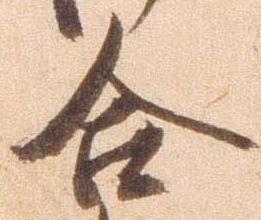
合